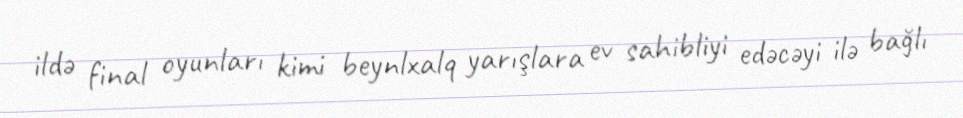
ildə final oyunları kimi beynlxalq yarışlara ev sahibliyi edəcəyi ilə bağlı